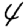
Digit: 4